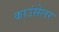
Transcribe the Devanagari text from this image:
काउंसेलर